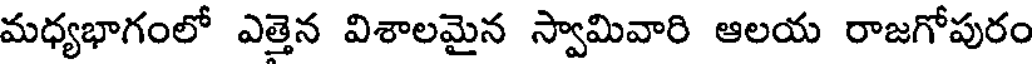
మధ్యభాగంలో ఎత్తెన విశాలమైన స్వామివారి ఆలయ రాజగోపురం